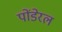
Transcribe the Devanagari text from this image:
पोंडेरल